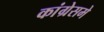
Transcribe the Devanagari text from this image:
कांग्रेसमे